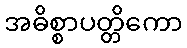
အဓိစ္စာပတ္တိကော